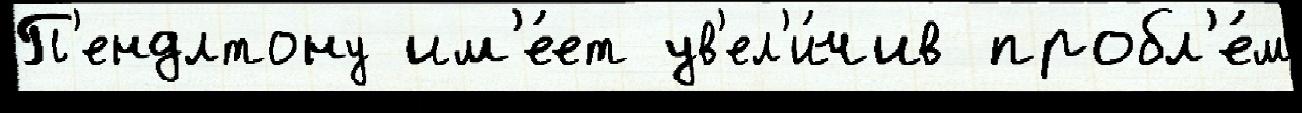
П'ендлтону им'е́ет ув'ел'и́чив пробл'е́м